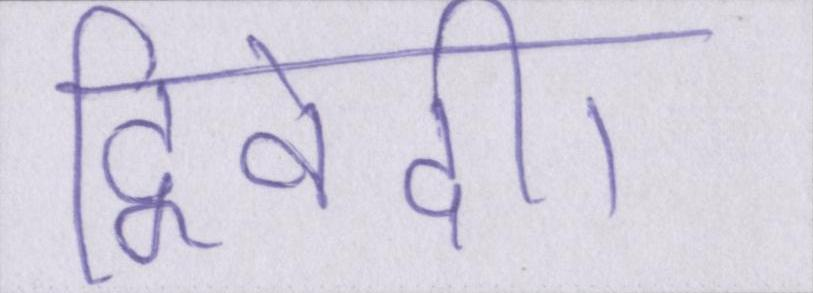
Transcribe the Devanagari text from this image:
द्विवेदी।